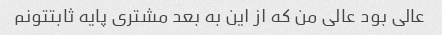
عالی بود عالی من که از این به بعد مشتری پایه ثابتتونم